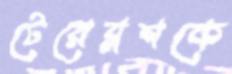
টেরেব্লশকে